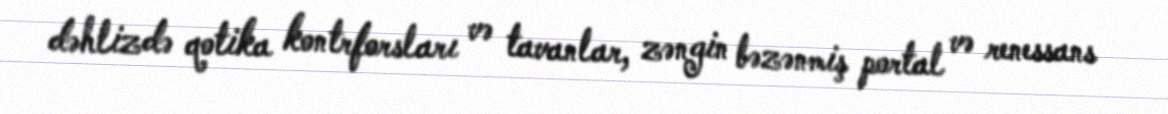
dəhlizdə qotika kontrforsları və tavanlar, zəngin bəzənmiş portal və renessans